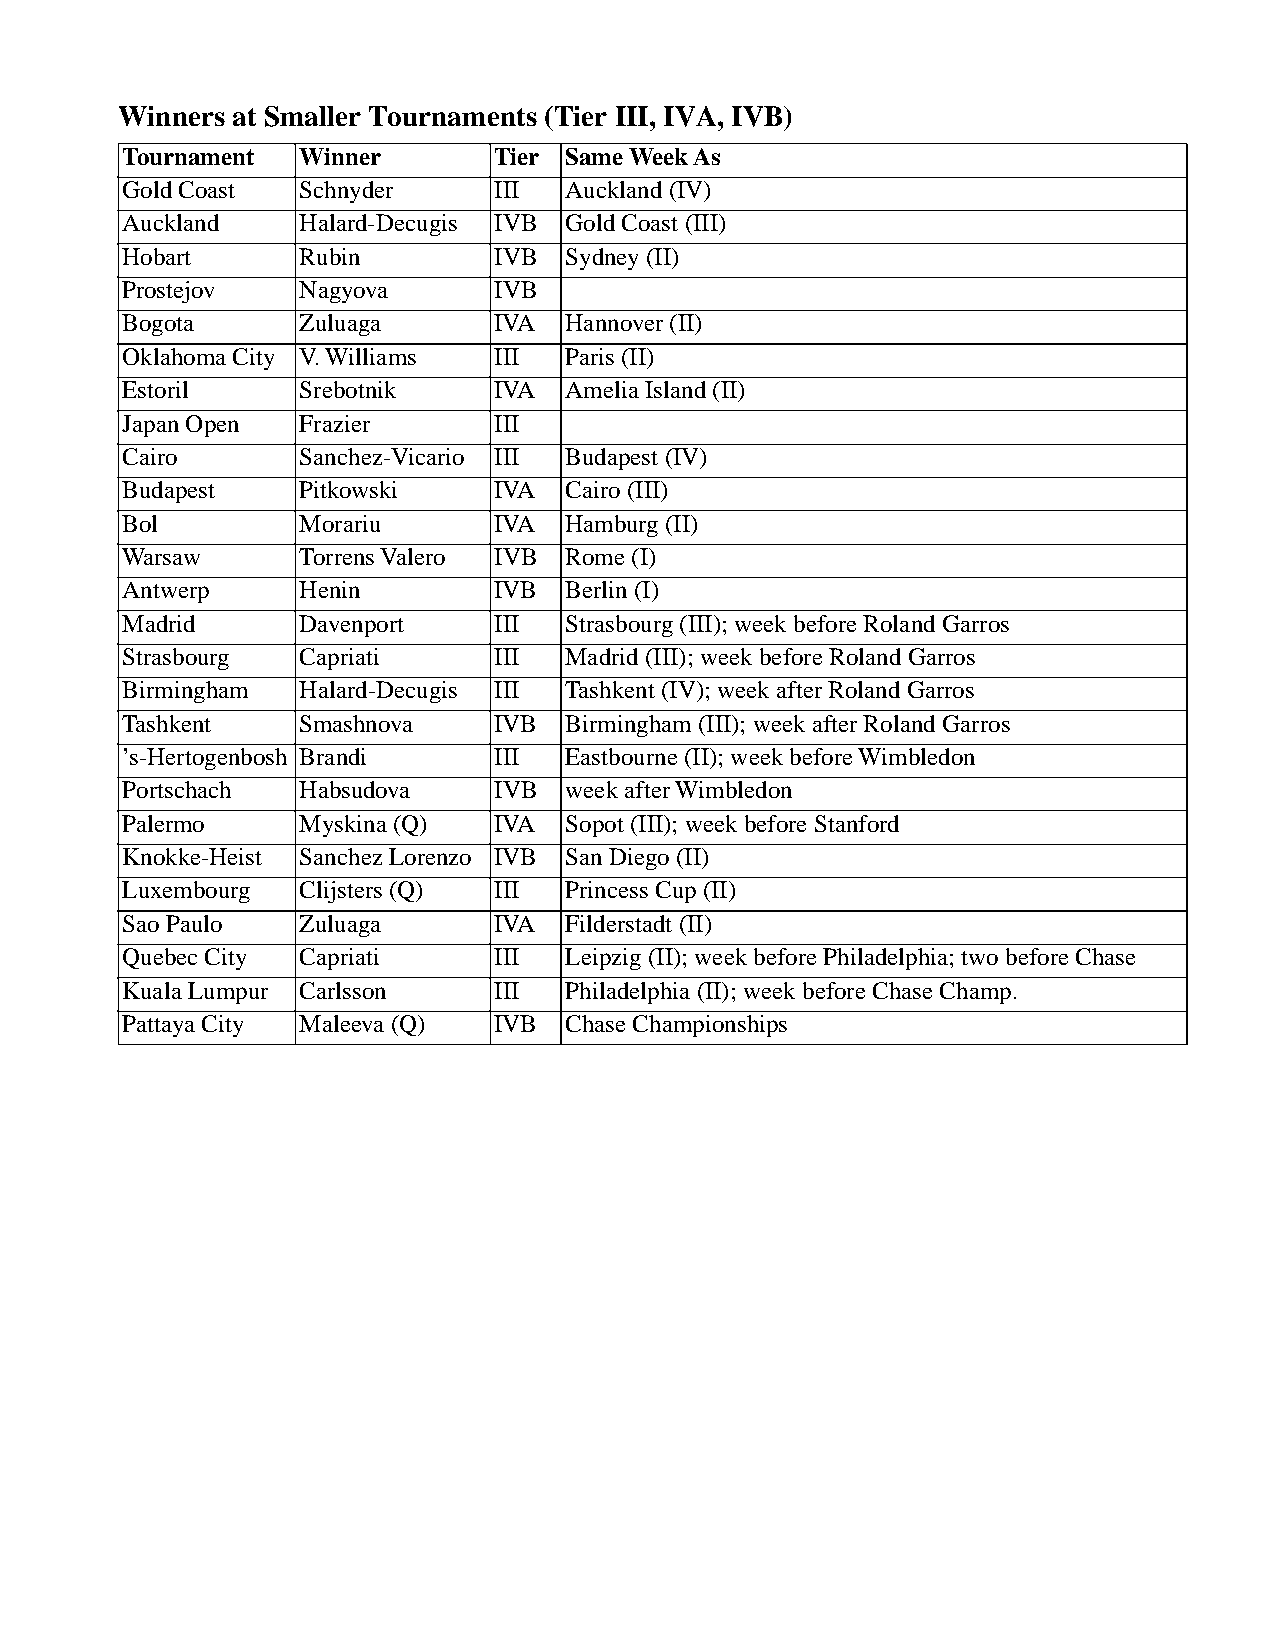
Winners at Smaller Tournaments (Tier III, IVA, IVB)
 Tournament Winner       Tier Same Week As
 Gold Coast Schnyder     III  Auckland (IV)
 Auckland   Halard-Decugis IVB Gold Coast (III)
 Hobart     Rubin        IVB  Sydney (II)
 Prostejov  Nagyova      IVB
 Bogota     Zuluaga      IVA  Hannover (II)
 Oklahoma City V. Williams III Paris (II)
 Estoril    Srebotnik    IVA  Amelia Island (II)
 Japan Open Frazier      III
 Cairo      Sanchez-Vicario III Budapest (IV)
 Budapest   Pitkowski    IVA  Cairo (III)
 Bol        Morariu      IVA  Hamburg (II)
 Warsaw     Torrens Valero IVB Rome (I)
 Antwerp    Henin        IVB  Berlin (I)
 Madrid     Davenport    III  Strasbourg (III); week before Roland Garros
 Strasbourg Capriati     III  Madrid (III); week before Roland Garros
 Birmingham Halard-Decugis III Tashkent (IV); week after Roland Garros
 Tashkent   Smashnova    IVB  Birmingham (III); week after Roland Garros
 ’s-Hertogenbosh Brandi  III  Eastbourne (II); week before Wimbledon
 Portschach Habsudova    IVB  week after Wimbledon
 Palermo    Myskina (Q)  IVA  Sopot (III); week before Stanford
 Knokke-Heist Sanchez Lorenzo IVB San Diego (II)
 Luxembourg Clijsters (Q) III Princess Cup (II)
 Sao Paulo  Zuluaga      IVA  Filderstadt (II)
 Quebec City Capriati    III  Leipzig (II); week before Philadelphia; two before Chase
 Kuala Lumpur Carlsson   III  Philadelphia (II); week before Chase Champ.
 Pattaya City Maleeva (Q) IVB Chase Championships